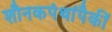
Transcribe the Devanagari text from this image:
शौनकपंथांपैकीं